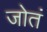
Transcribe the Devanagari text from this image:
जोतं